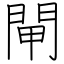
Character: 閘